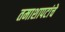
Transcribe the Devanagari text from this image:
तमाशापटांचे